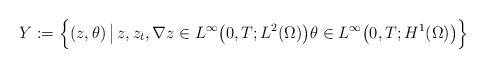
LaTeX: \begin{align*}Y := \Big\{(z, \theta) \,\big|\,z, z_{t}, \nabla z \in L^{\infty}\big(0, T; L^{2}(\Omega)\big) \theta \in L^{\infty}\big(0, T; H^{1}(\Omega)\big)\Big\} \end{align*}